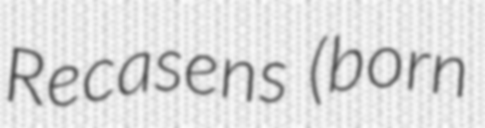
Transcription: Recasens (born